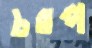
চরপ